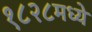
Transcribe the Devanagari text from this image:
१८२८मध्ये